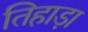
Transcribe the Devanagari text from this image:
तिहाड़ा